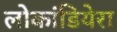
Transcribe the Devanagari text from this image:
लोकांडियेरा